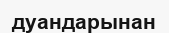
дуандарынан